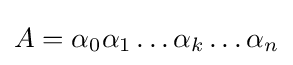
A=\alpha _{0}\alpha _{1}\dots \alpha _{k}\dots \alpha _{n}